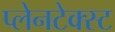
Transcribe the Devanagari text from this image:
प्लेनटेक्स्ट